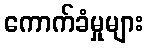
ကောက်ခံမှုများ